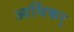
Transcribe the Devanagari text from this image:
आर्थिकर्